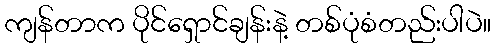
ကျန်တာက ပိုင်ရှောင်ချန်းနဲ့ တစ်ပုံစံတည်းပါပဲ။